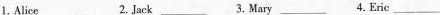
1.Alice___ 2.Jack___ 3.Mary___ 4.EricA___